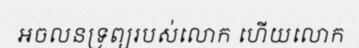
អចលនទ្រព្យរបស់លោក ហើយលោក